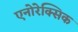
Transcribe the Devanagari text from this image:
एनोरेक्सिक